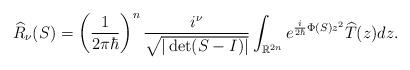
LaTeX: \begin{align*}\widehat{R}_{\nu}(S)=\left( \frac{1}{2\pi\hbar}\right) ^{n}\frac{i^{\nu}}{\sqrt{|\det(S-I)|}}\int_{\mathbb{R}^{2n}}e^{\frac{i}{2\hbar}\Phi(S)z^{2}}\widehat{T}(z)dz. \end{align*}